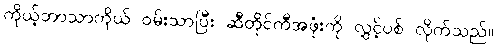
ကိုယ့်ဘာသာကိုယ် ဝမ်းသာပြီး ဆီတိုင်ကီအဖုံးကို လွှင့်ပစ် လိုက်သည်။